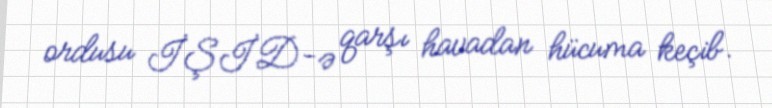
ordusu İŞİD-ə qarşı havadan hücuma keçib.